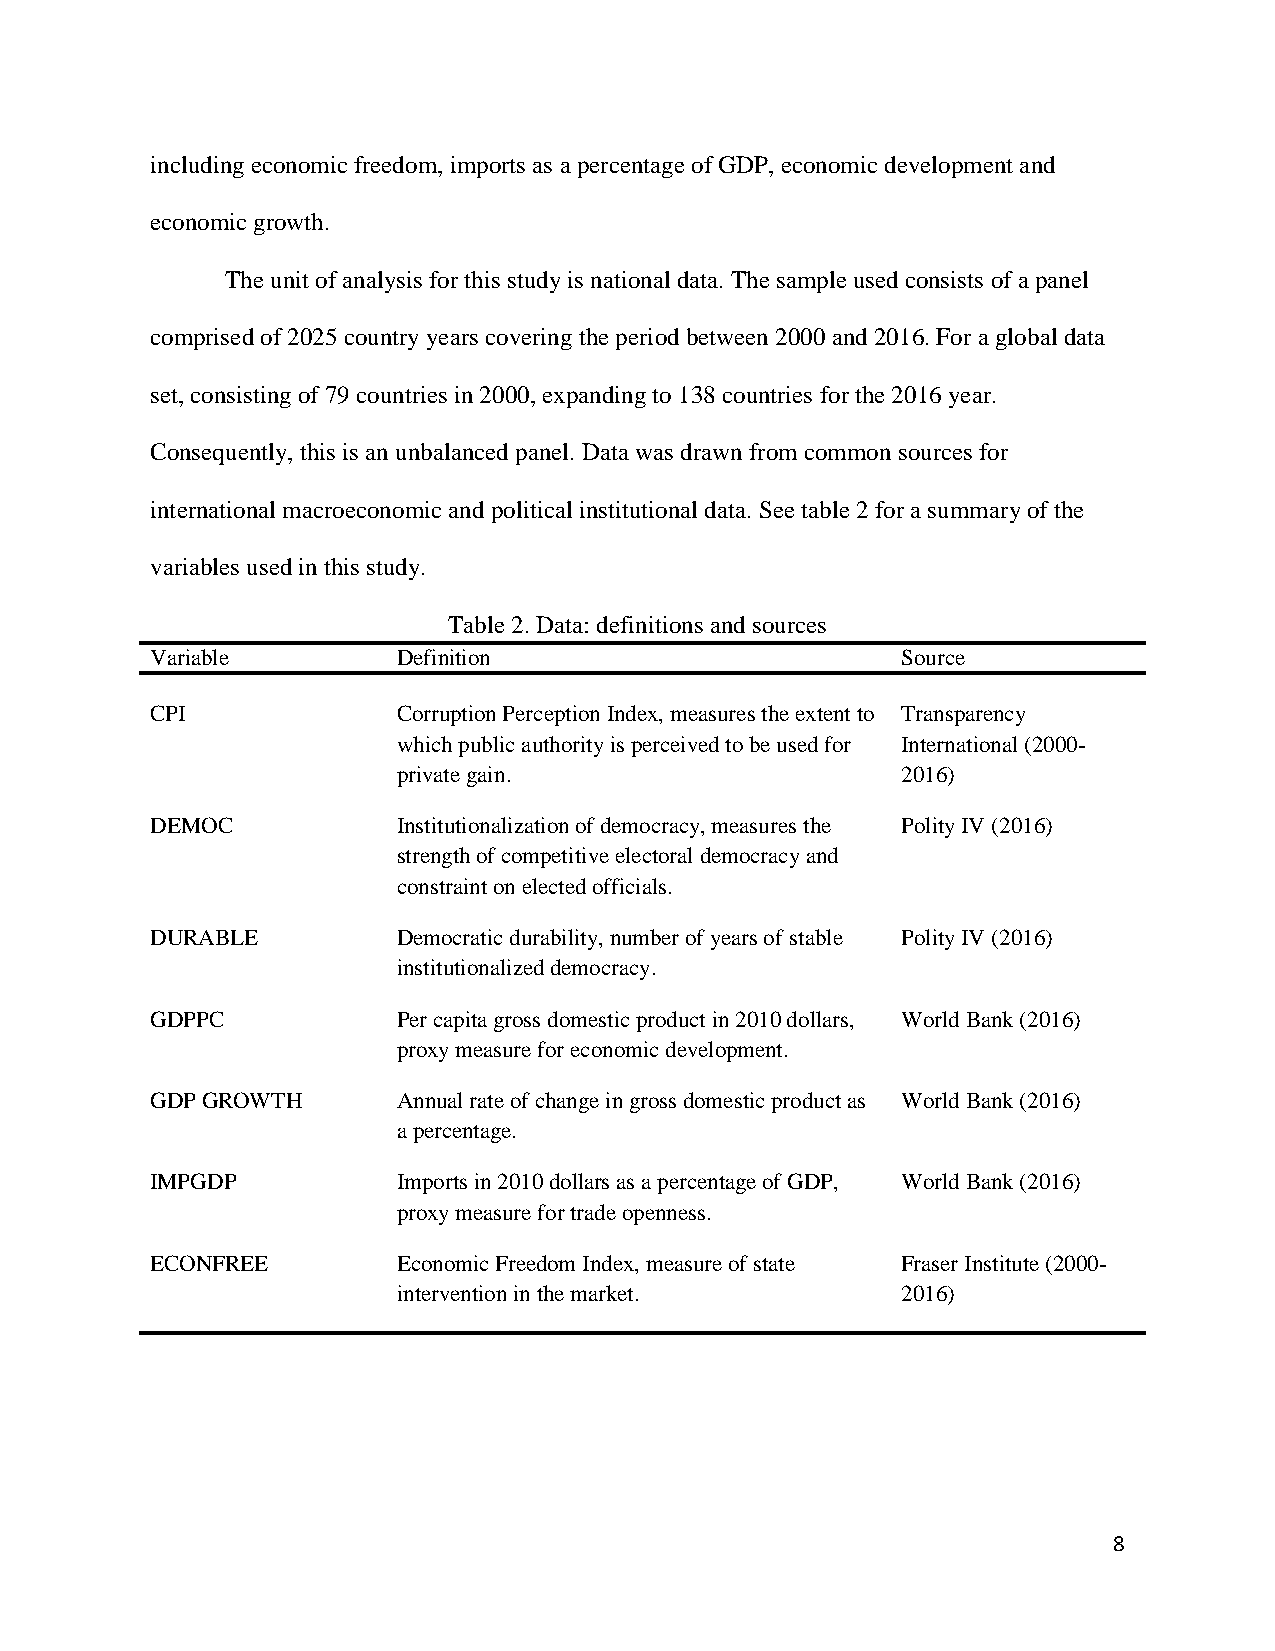
including economic freedom, imports as a percentage of GDP, economic development and
 economic growth.
 The unit of analysis for this study is national data. The sample used consists of a panel
 comprised of 2025 country years covering the period between 2000 and 2016. For a global data
 set, consisting of 79 countries in 2000, expanding to 138 countries for the 2016 year.
 Consequently, this is an unbalanced panel. Data was drawn from common sources for
 international macroeconomic and political institutional data. See table 2 for a summary of the
 variables used in this study.
 Table 2. Data: definitions and sources
 Variable        Definition                        Source
 CPI             Corruption Perception Index, measures the extent to Transparency
 which public authority is perceived to be used for International (2000-
 private gain.                     2016)
 DEMOC           Institutionalization of democracy, measures the Polity IV (2016)
 strength of competitive electoral democracy and
 constraint on elected officials.
 DURABLE         Democratic durability, number of years of stable Polity IV (2016)
 institutionalized democracy.
 GDPPC           Per capita gross domestic product in 2010 dollars, World Bank (2016)
 proxy measure for economic development.
 GDP GROWTH      Annual rate of change in gross domestic product as World Bank (2016)
 a percentage.
 IMPGDP          Imports in 2010 dollars as a percentage of GDP, World Bank (2016)
 proxy measure for trade openness.
 ECONFREE        Economic Freedom Index, measure of state Fraser Institute (2000-
 intervention in the market.       2016)
 8